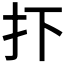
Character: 𢩹